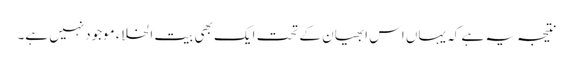
نتیجہ یہ ہے کہ یہاں اس ابھیان کے تحت ایک بھی بیت الخلاء موجودنہیں ہے۔